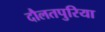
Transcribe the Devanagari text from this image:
दौलतपुरिया